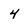
Character: 4